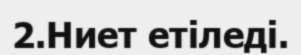
2.Ниет етіледі.